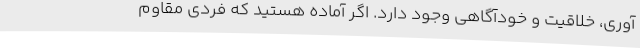
آوری، خلاقیت و خودآگاهی وجود دارد. اگر آماده هستید که فردی مقاوم